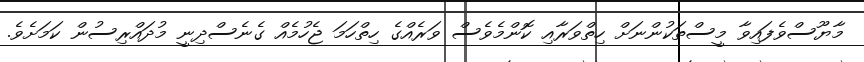
މާޔޫސްވެފައިވާ މީސްތަކުންނަށް ހިތްވަރާއި ކޮންމެވެސް ވަރެއްގެ ހިތްހަމަ ޖެހުމެއް ގެނެސްދިނީ މުދައްރިސުން ކަމަށެވެ.